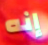
إنه